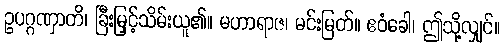
ဥပဂ္ဂဏှာတိ၊ ခြီးမြှင့်သိမ်းယူ၏။ မဟာရာဇ၊ မင်းမြတ်။ ဧဝံခေါ၊ ဤသို့လျှင်။